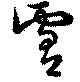
膚